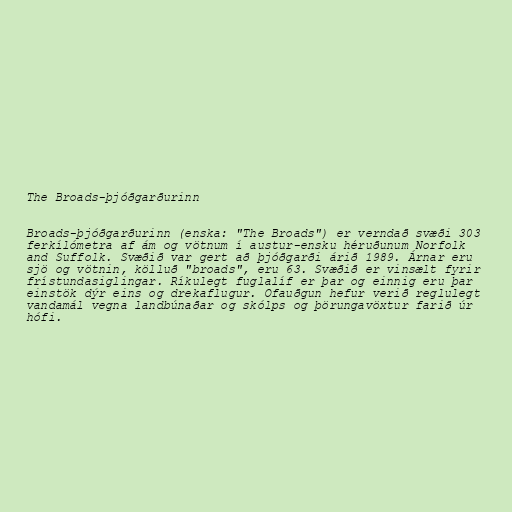
The Broads-þjóðgarðurinn

Broads-þjóðgarðurinn (enska: "The Broads") er verndað svæði 303
ferkílómetra af ám og vötnum í austur-ensku héruðunum Norfolk
and Suffolk. Svæðið var gert að þjóðgarði árið 1989. Árnar eru
sjö og vötnin, kölluð "broads", eru 63. Svæðið er vinsælt fyrir
frístundasiglingar. Ríkulegt fuglalíf er þar og einnig eru þar
einstök dýr eins og drekaflugur. Ofauðgun hefur verið reglulegt
vandamál vegna landbúnaðar og skólps og þörungavöxtur farið úr
hófi.